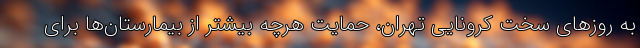
به روزهای سخت کرونایی تهران، حمایت هرچه بیشتر از بیمارستان‌ها برای